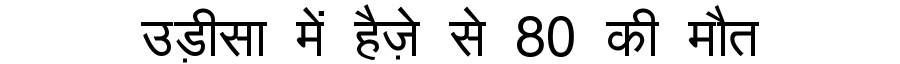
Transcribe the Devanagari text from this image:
उड़ीसा में हैज़े से 80 की मौत